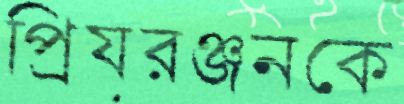
প্রিয়রঞ্জনকে